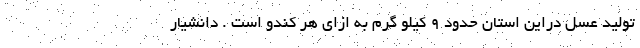
تولید عسل دراین استان حدود ۹ کیلو گرم به ازای هر کندو است . دانشیار